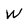
Character: w